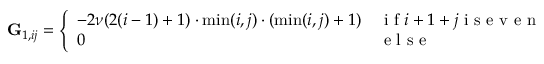
\begin{array} { r } { \mathbf { G } _ { 1 , i j } = \left\{ \begin{array} { l l } { - 2 \nu ( 2 ( i - 1 ) + 1 ) \cdot \operatorname* { m i n } ( i , j ) \cdot ( \operatorname* { m i n } ( i , j ) + 1 ) } & { \mathrm { ~ i ~ f ~ } i + 1 + j \mathrm { ~ i ~ s ~ e ~ v ~ e ~ n ~ } } \\ { 0 } & { \mathrm { ~ e ~ l ~ s ~ e ~ } } \end{array} \right. } \end{array}